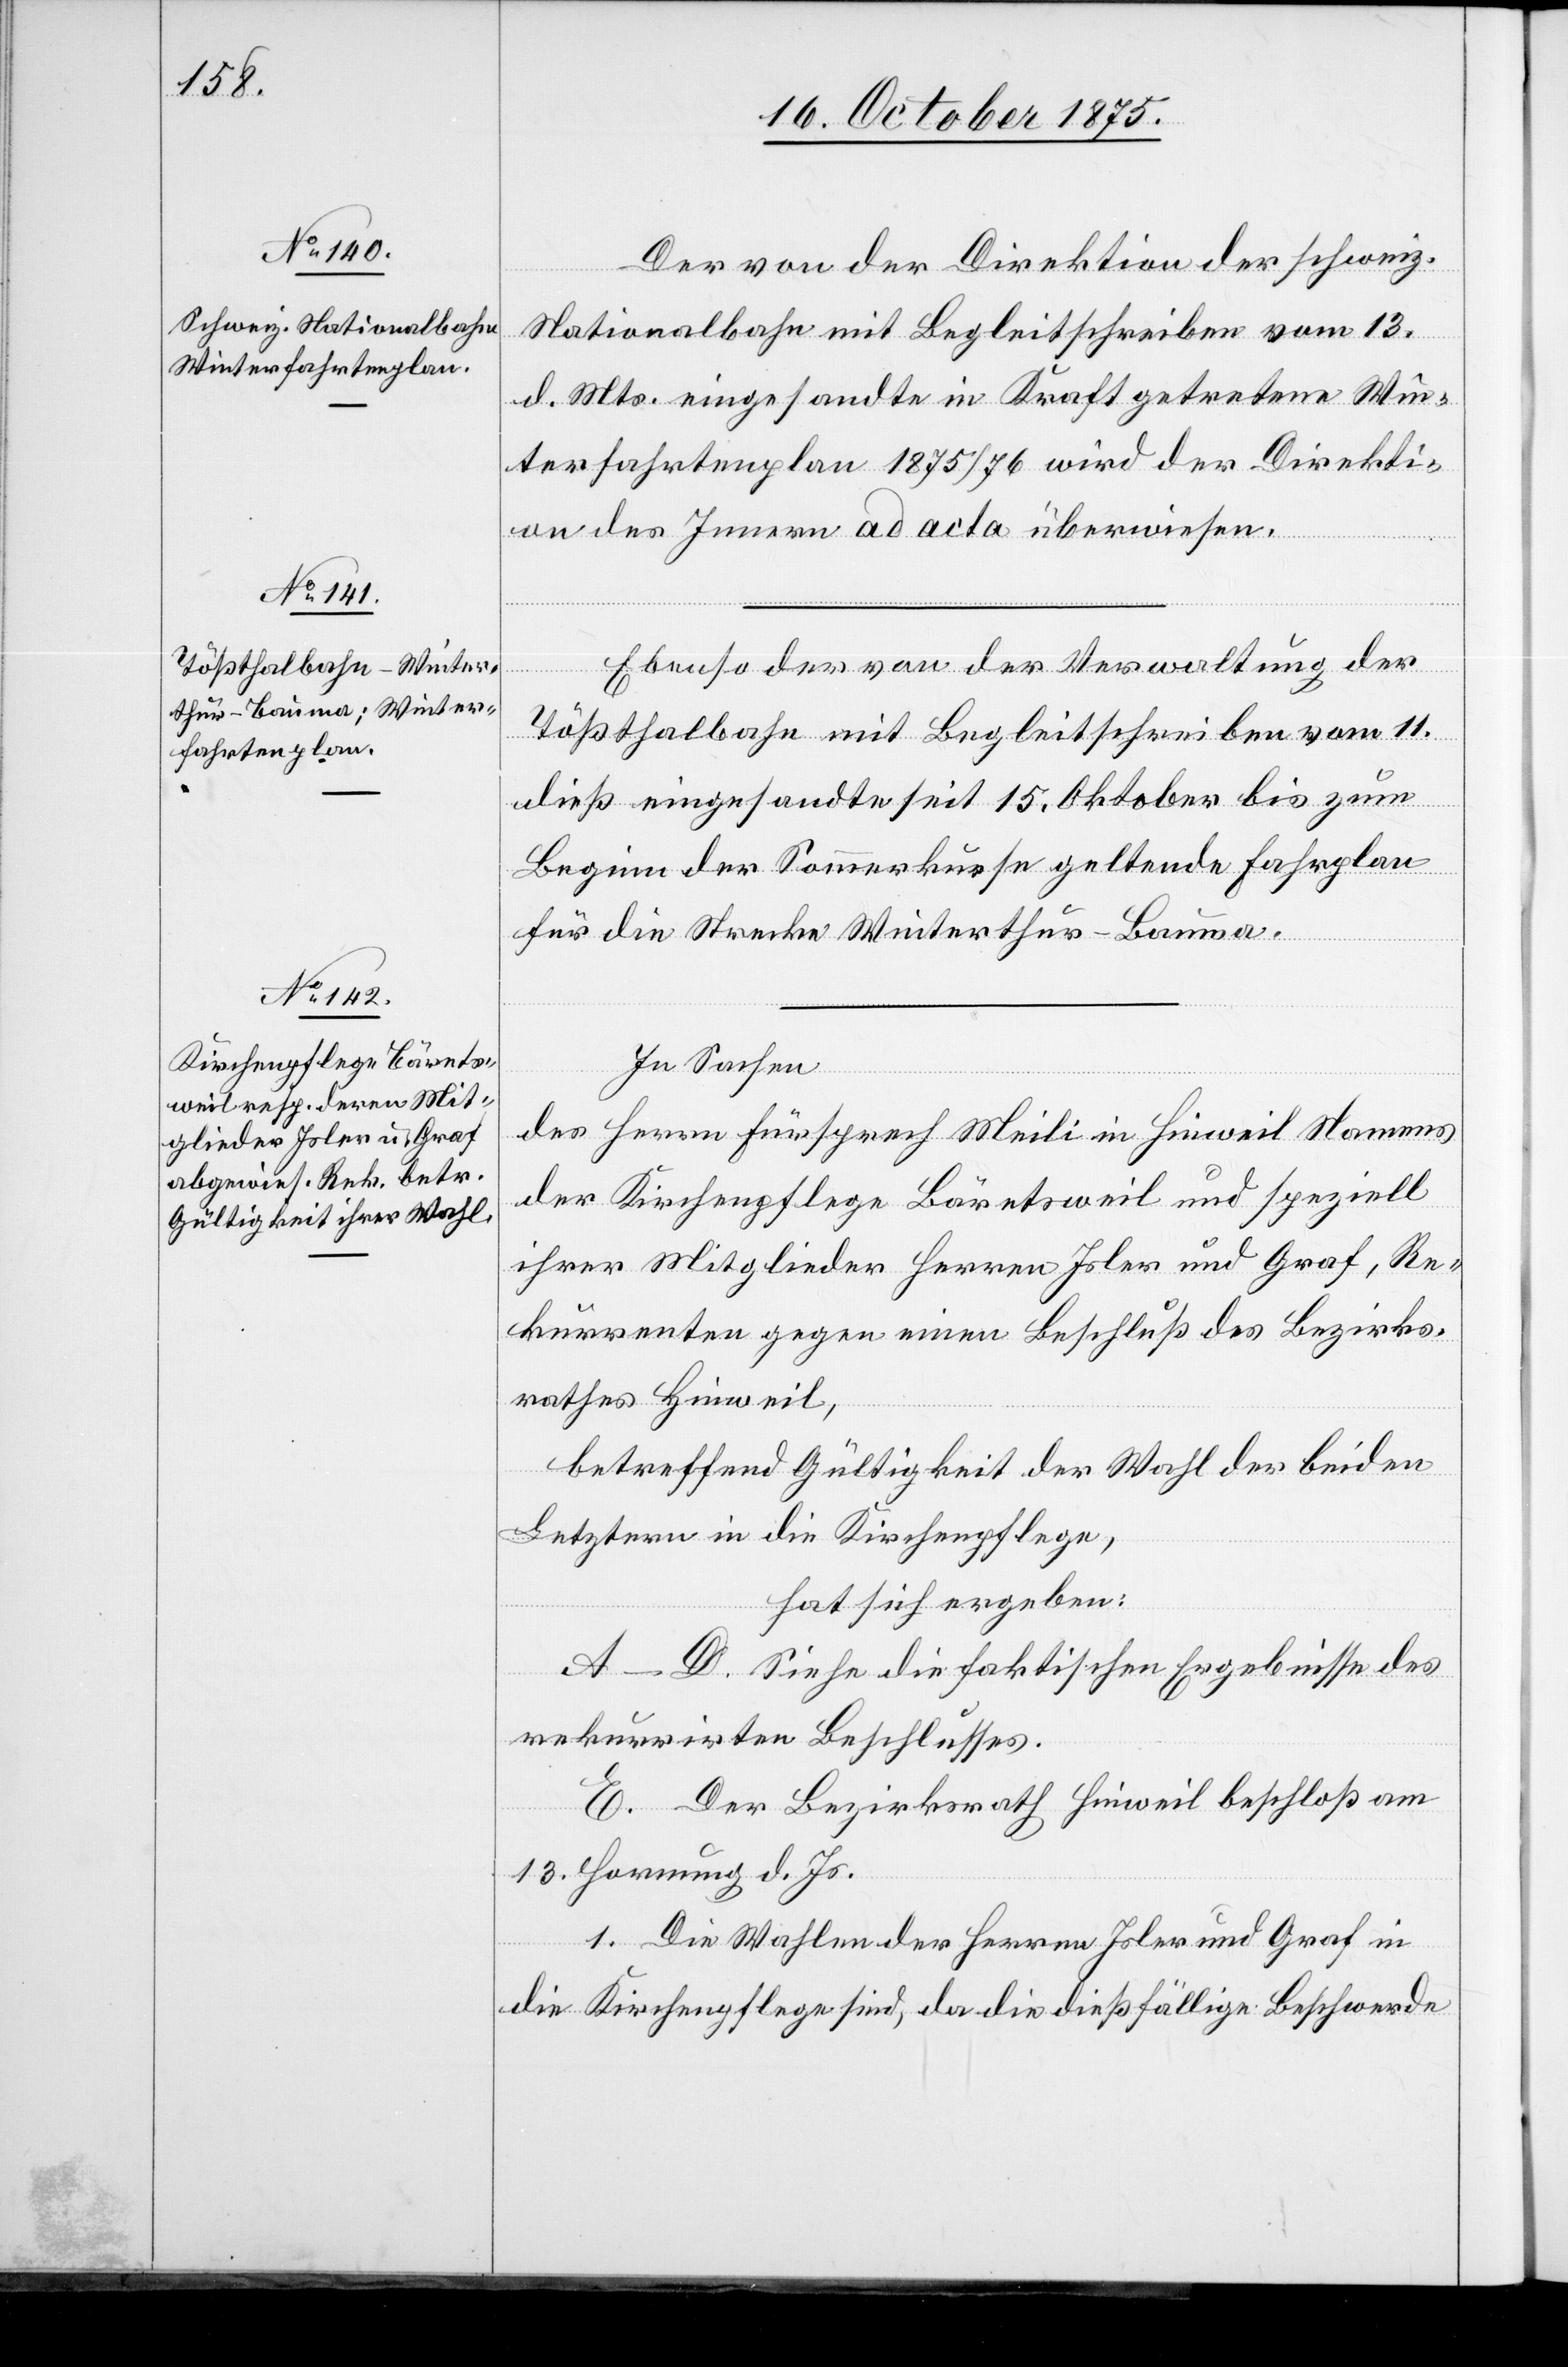
Der von der Direktion der schweiz.
Nationalbahn mit Begleitschreiben vom 13.
d. Mts. eingesandte in Kraft getretene Win¬
terfahrtenplan 1875/76 wird der Direkti¬
on des Innern ad acta überwiesen.
Ebenso der von der Verwaltung der
Tößthalbahn mit Begleitschreiben vom 11.
dieß eingesandte seit 15. Oktober bis zum
Beginn der Sommerkurse geltende Fahrplan
für die Strecke Winterthur–Bauma.
In Sachen
des Herrn Fürsprech Meili in Hinweil Namens
der Kirchenpflege Bäretsweil und speziell
ihrer Mitglieder Herren Isler und Graf, Re¬
kurrenten gegen einen Beschluß des Bezirks¬
rathes Hinweil,
betreffend Gültigkeit der Wahl der beiden
Letztern in die Kirchenpflege,
hat sich ergeben:
A–D. Siehe die faktischen Ergebnisse des
rekurrirten Beschlusses.
E. Der Bezirksrath Hinweil beschloß am
13. Hornung d. Js.
1. Die Wahlen der Herren Isler und Graf in
die Kirchenpflege sind, da die dießfällige Beschwerde